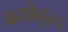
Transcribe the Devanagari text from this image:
वयोवृस्द